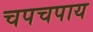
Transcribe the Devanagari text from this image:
चपचपाय